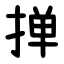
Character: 掸